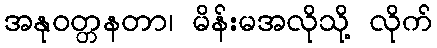
အနုဝတ္တနတာ၊ မိန်းမအလိုသို့ လိုက်